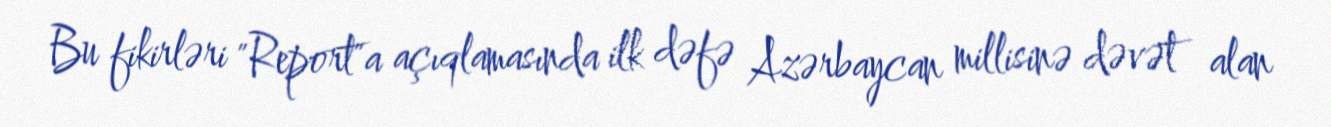
Bu fikirləri "Report"a açıqlamasında ilk dəfə Azərbaycan millisinə dəvət alan